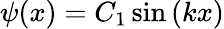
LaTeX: \psi(x)=C_{1}\sin\left(kx\right)